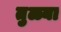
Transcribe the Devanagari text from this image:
तुळ्या